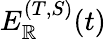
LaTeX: E_{\mathbb{R}}^{(T,S)}(t)